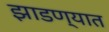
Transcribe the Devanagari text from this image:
झाडण्यात